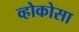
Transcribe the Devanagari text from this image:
व्होकोसा